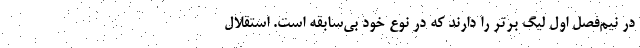
در نیم‌فصل اول لیگ برتر را دارند که در نوع خود بی‌سابقه است. استقلال